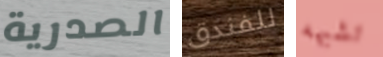
الصدرية للفندق تشبهه